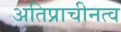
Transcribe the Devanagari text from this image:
अतिप्राचीनत्व